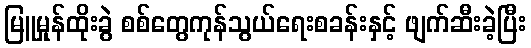
မြူမှုန်ထိုးခွဲ စစ်တွေကုန်သွယ်ရေးစခန်းနှင့် ဖျက်ဆီးခဲ့ပြီး